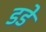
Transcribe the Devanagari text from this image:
डडे